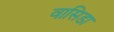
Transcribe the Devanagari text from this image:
वासिडा